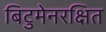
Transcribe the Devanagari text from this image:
बिटुमेनरक्षित